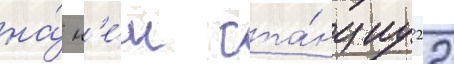
на́ н'е́м ста́нциу 22